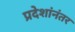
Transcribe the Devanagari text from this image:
प्रदेशांनंतर